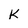
Character: k